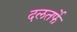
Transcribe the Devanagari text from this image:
दलतर्फे